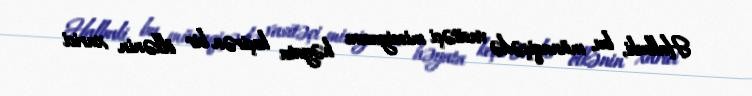
Halbuki, bu, münaqişədə vasitəçi missiyasını həyata keçirən bir ölkənin xarici